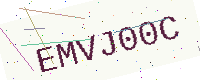
Text: EMVJ00C